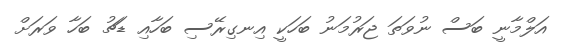
އަލްމާނީ ބަސް ނުވަތަ ޖަރުމަނު ބަހަކީ އިނގިރޭސި ބަހާއި ޑަޗު ބަހާ ވަރަށް